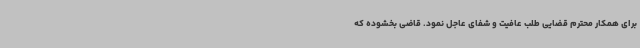
برای همکار محترم قضایی طلب عافیت و شفای عاجل نمود. قاضی بخشوده که